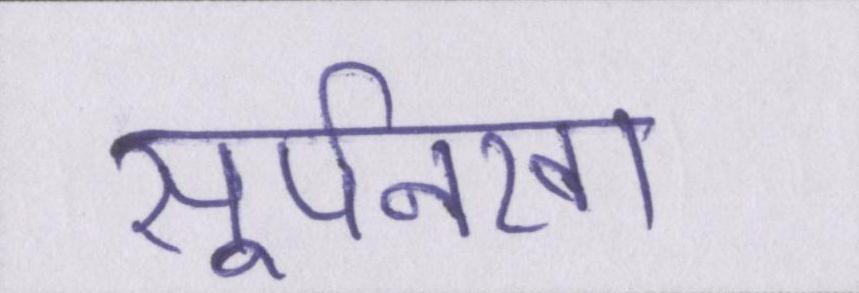
सूर्पनखा